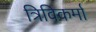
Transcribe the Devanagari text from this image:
त्रिविकर्मा